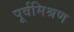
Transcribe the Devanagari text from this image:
पूर्वमिश्रण